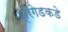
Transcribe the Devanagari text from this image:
ब्रिगेडकडे